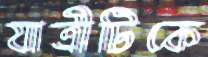
যাত্রীটিকে